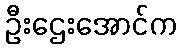
ဦးဌေးအောင်က